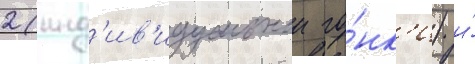
2 (инд'ив'идуальнои го́нк'и) и́